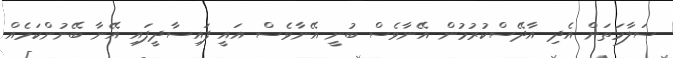
ސަލާމަތަށް އެދި އާދޭސްކުރުމުން އޭނާވެސް ބުނީ އޭނާވެސް އައީ ފައިސާދީފައި އޭނާ ބޭނުންކަމެއް